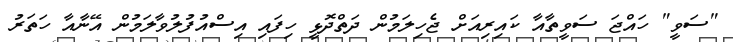
"ސަވީ" ހައްޖަ ސަވީތާއާ ކައިރިއަށް ޖެހިލަމުން ދަތްދޮޅީ ހިފައި އިސްއުފުލުވާލަމުން އޭނާއާ ހަތަރު